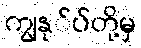
ကျွနု်ပ်တို့မှ